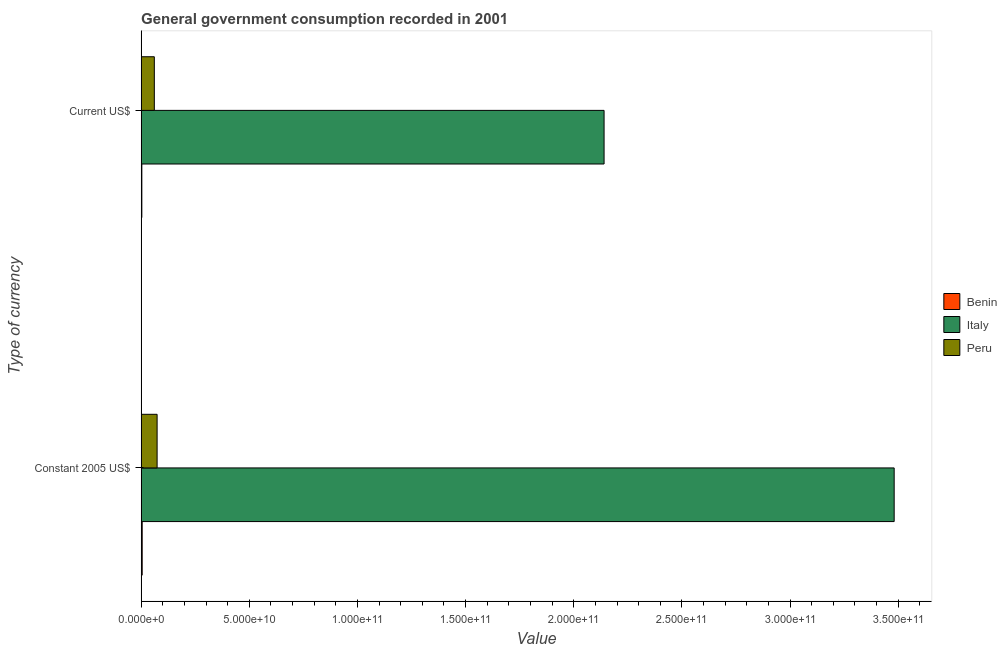
| Type of currency | Benin | Italy | Peru |
 | --- | --- | --- | --- |
 | Constant 2005 US$ | 4.81e+08 | 3.48e+11 | 7.38e+09 |
 | Current US$ | 3.23e+08 | 2.14e+11 | 6.1e+09 |